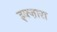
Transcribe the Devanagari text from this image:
इक्ज़ारा